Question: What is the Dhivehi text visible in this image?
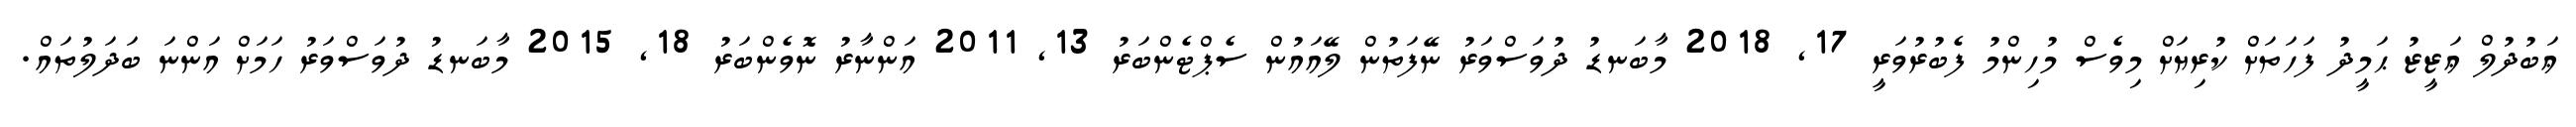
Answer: ޢަބުދުލް ޢަޒީޒު ޙަމީދު ފަހަތަށް ކުރިޔަށް މިވެސް މުހިންމު ފެބުރުވަރީ 17, 2018 މާބަނޑު ދުވަސްވަރު ނޭފަތުން ލޭއައުން ސެޕްޓެންބަރު 13, 2011 އަންނާރު ނޮވެންބަރު 18, 2015 މާބަނޑު ދުވަސްވަރު ހަމަށް އަންނަ ބަދަލުތައް.